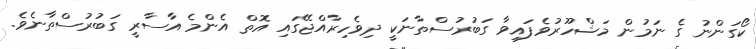
ކޯގަންނު ގެ ނަމުން މަޝްހޫރުވެފައިވާ ގަބުރުސްތާނަކީ ދިވެހިރާއްޖޭގައި އޮތް އެންމެ އާސާރީ ގަބުރުސްތާނެވެ.